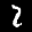
Label: 2